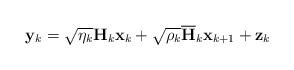
LaTeX: \begin{align*}\mathbf{y}_k=\sqrt{\eta_k}\mathbf{H}_k\mathbf{x}_k+\sqrt{\rho_k}\mathbf{\overline{H}}_k\mathbf{x}_{k+1}+\mathbf{z}_k\end{align*}